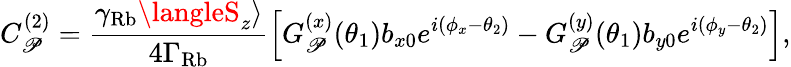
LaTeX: C_{\mathscr{P}}^{(2)}=\frac{{\gamma_{\mathrm{{Rb}}}\langleS_{z}\rangle}}{{4\Gamma_{\mathrm{{Rb}}}}}\left[G_{\mathscr{P}}^{(x)}(\theta_{1})b_{x0}e^{i(\phi_{x}-\theta_{2})}-G_{\mathscr{P}}^{(y)}(\theta_{1})b_{y0}e^{i(\phi_{y}-\theta_{2})}\right],